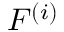
F ^ { ( i ) }